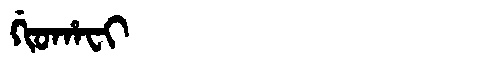
Manchu: ᡤᡳᠣᡥᠠᠸᡳ
Romanization: GIOHAFI